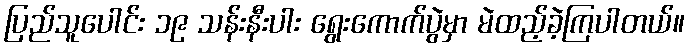
ပြည်သူပေါင်း ၁၉ သန်းနီးပါး ရွေးကောက်ပွဲမှာ မဲထည့်ခဲ့ကြပါတယ်။